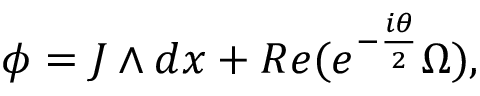
\phi = J \wedge d x + R e ( e ^ { - { \frac { i \theta } { 2 } } } \Omega ) ,